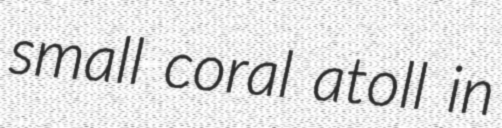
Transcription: small coral atoll in